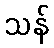
သန်